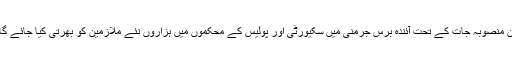
ان منصوبہ جات کے تحت آئندہ برس جرمنی میں سکیورٹی اور پولیس کے محکموں میں ہزاروں نئے ملازمین کو بھرتی کیا جائے گا۔